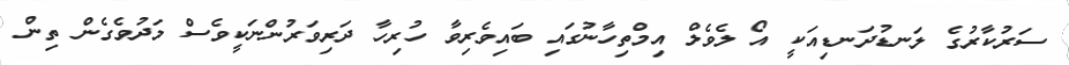
ސަރުކާރުގެ ލަނޑުދަނޑިއަކީ އޯ ލެވެލް އިމްތިހާނުގައި ބައިވެރިވާ ހުރިހާ ދަރިވަރުންނަކީވެސް މަދުވެގެން ތިން